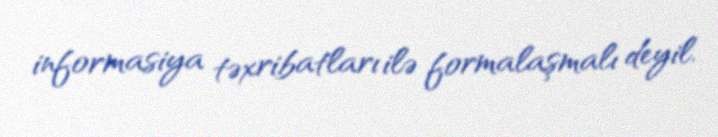
informasiya təxribatları ilə formalaşmalı deyil.